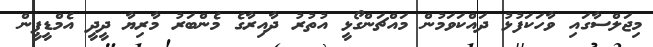
މިޖަލްސާގައި ވާހަކަފުޅު ދައްކަވަމުން މައްޗަންގޯޅީ އުތުރު ދާއިރާގެ މެންބަރު މާރިޔާ ދީދީ އެމްޑީޕީން